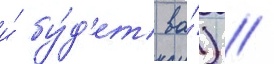
и́ бу́д'ет ва́) /